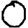
Digit: 0